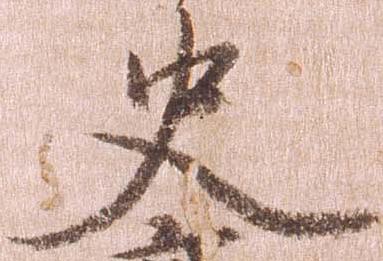
史